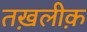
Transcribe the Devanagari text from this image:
तख़लीक़